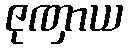
ဇုဏှာယ